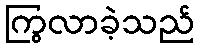
ကြွလာခဲ့သည်